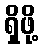
ရှိဖို့